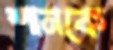
শানকে